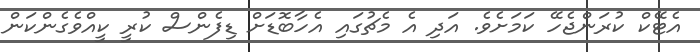
އެޓޭކް ކުރަންޖެހޭ ކަމަށެވެ. އަދި އެ މެޗުގައި އެހާބޮޑަށް ޑިފެންސް ކުރީ ކީއްވެެގެންކަން